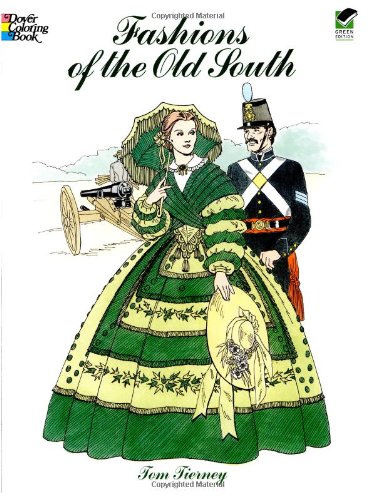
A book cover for Fashions of the Old South Coloring Book (Dover Fashion Coloring Book); Tom Tierney; Crafts, Hobbies & Home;